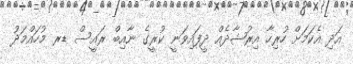
އަދި އެކަމަށް ހުރިހާ އިރުޝާދެއް ދީފައިވަނީ ކުރީގެ ނާއިބް ރައީސް ޑރ މުހައްމަދު